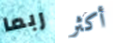
ربما أكثر